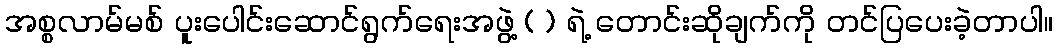
အစ္စလာမ်မစ် ပူးပေါင်းဆောင်ရွက်ရေးအဖွဲ့ ( ) ရဲ့ တောင်းဆိုချက်ကို တင်ပြပေးခဲ့တာပါ။